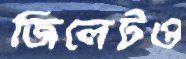
জিলেটও